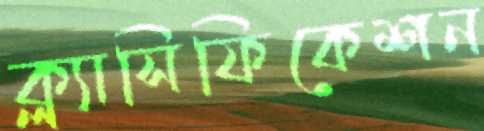
ক্ল্যাসিফিকেশন